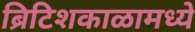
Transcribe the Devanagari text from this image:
ब्रिटिशकाळामध्ये